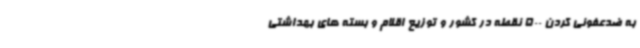
به ضدعفونی کردن 500 نقطه در کشور و توزیع اقلام و بسته های بهداشتی